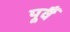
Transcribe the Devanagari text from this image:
पूर्वै